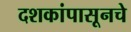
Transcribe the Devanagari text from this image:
दशकांपासूनचे